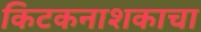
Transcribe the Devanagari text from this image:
किटकनाशकाचा